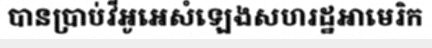
បានប្រាប់វីអូអេសំឡេងសហរដ្ឋអាមេរិក